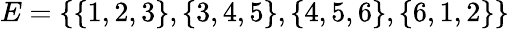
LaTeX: E=\{ \{ 1,2,3\} ,\{ 3,4,5\} ,\{ 4,5,6\} ,\{ 6,1,2\} \}